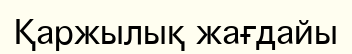
Қаржылық жағдайы